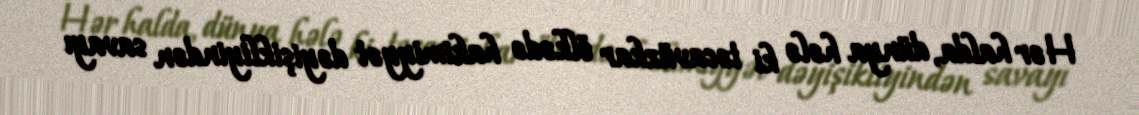
Hər halda, dünya hələ ki təcavüzkar ölkədə hakimiyyət dəyişikliyindən savayı